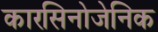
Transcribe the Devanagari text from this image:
कारसिनोजेनिक